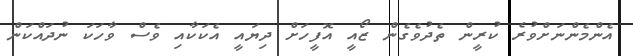
އެންމެންނަށްވުރެ ކުރީން ތެދުވެގެން ޒޯއީ އޮފީހަށް ދިޔައީ އެކަކާއި ވެސް ވާހަކަ ނުދައްކަން